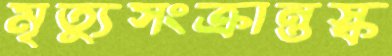
মৃত্যুসংক্রান্তস্ক